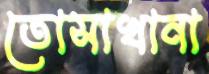
তোসাখানা